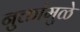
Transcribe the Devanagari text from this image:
नुक्तांमुळे